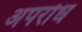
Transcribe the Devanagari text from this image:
अपरोध